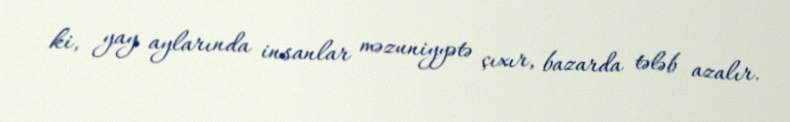
ki, yay aylarında insanlar məzuniyyətə çıxır, bazarda tələb azalır.